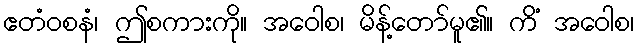
ဧတံဝစနံ၊ ဤစကားကို။ အဝေါစ၊ မိန့်တော်မူ၏။ ကိံ အဝေါစ၊